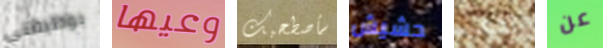
بوظيفتي وعيها سأصطحبك حشيش تدعى عن